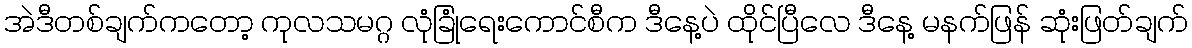
အဲဒီတစ်ချက်ကတော့ ကုလသမဂ္ဂ လုံခြုံရေးကောင်စီက ဒီနေ့ပဲ ထိုင်ပြီလေ ဒီနေ့ မနက်ဖြန် ဆုံးဖြတ်ချက်